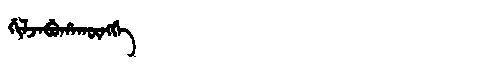
Manchu: ᡤᡳᠯᠵᠠᠪᡠᡥᠠᡴᡡᠩᡤᡝ
Romanization: GILJABUHAKŪNGGE